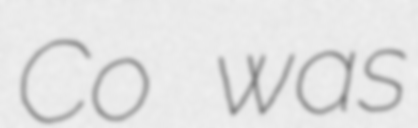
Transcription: Co was